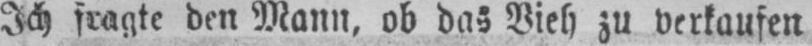
Ich fragte den Mann, ob das Vieh zu verkaufen